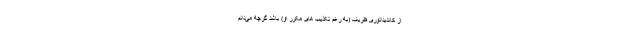
از کاندیداتوری ظریف (به رغم تکذیب های مکرر او) باشد گرچه می‌دانم